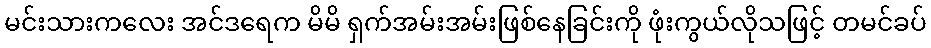
မင်းသားကလေး အင်ဒရေက မိမိ ရှက်အမ်းအမ်းဖြစ်နေခြင်းကို ဖုံးကွယ်လိုသဖြင့် တမင်ခပ်